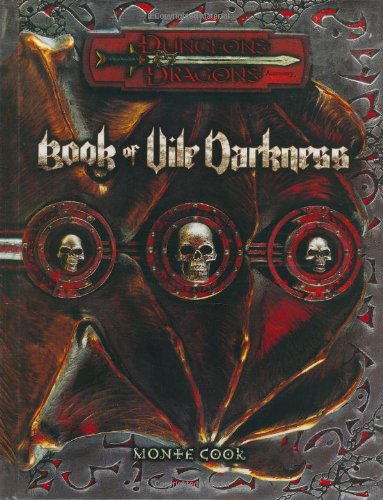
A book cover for Book of Vile Darkness (Dungeons & Dragons d20 3.0 Fantasy Roleplaying Supplement); Monte Cook; Science Fiction & Fantasy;